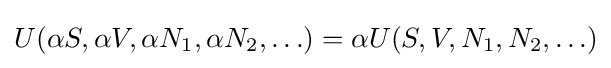
U(\alpha S,\alpha V,\alpha N_{1},\alpha N_{2},\ldots )=\alpha U(S,V,N_{1},N_{2},\ldots )